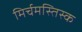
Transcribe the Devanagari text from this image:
मिर्चमस्तिस्क